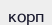
корп